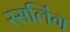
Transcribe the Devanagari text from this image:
रसलिंग